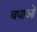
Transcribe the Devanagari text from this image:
बधाओं